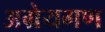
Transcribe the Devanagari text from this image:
अग्रेयगण